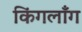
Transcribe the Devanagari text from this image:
किंगलाँग